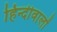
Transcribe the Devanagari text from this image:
हिन्दीवालों